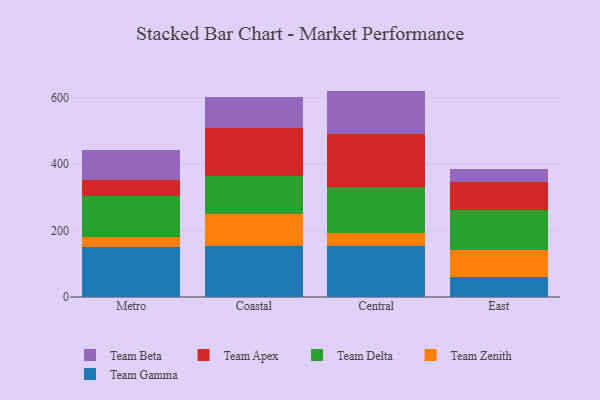
{"axis": {"x": "Region", "y": "Humidity (%)"}, "legend": ["Team Apex", "Team Beta", "Team Delta", "Team Gamma", "Team Zenith"], "data": [{"x": "Metro", "y": 149.5, "type": "Team Gamma"}, {"x": "Metro", "y": 30.8, "type": "Team Zenith"}, {"x": "Metro", "y": 122.8, "type": "Team Delta"}, {"x": "Metro", "y": 49.3, "type": "Team Apex"}, {"x": "Metro", "y": 89.2, "type": "Team Beta"}, {"x": "Coastal", "y": 153.6, "type": "Team Gamma"}, {"x": "Coastal", "y": 97.8, "type": "Team Zenith"}, {"x": "Coastal", "y": 113.8, "type": "Team Delta"}, {"x": "Coastal", "y": 142.5, "type": "Team Apex"}, {"x": "Coastal", "y": 93.7, "type": "Team Beta"}, {"x": "Central", "y": 154.4, "type": "Team Gamma"}, {"x": "Central", "y": 37.9, "type": "Team Zenith"}, {"x": "Central", "y": 137.8, "type": "Team Delta"}, {"x": "Central", "y": 161.3, "type": "Team Apex"}, {"x": "Central", "y": 129.7, "type": "Team Beta"}, {"x": "East", "y": 58.9, "type": "Team Gamma"}, {"x": "East", "y": 83.4, "type": "Team Zenith"}, {"x": "East", "y": 119.0, "type": "Team Delta"}, {"x": "East", "y": 83.7, "type": "Team Apex"}, {"x": "East", "y": 39.3, "type": "Team Beta"}]}